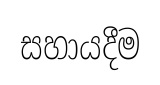
සහායදීම